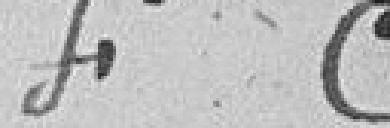
F C